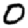
Digit: 0